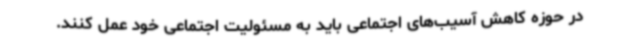
در حوزه کاهش آسیب‌های اجتماعی باید به مسئولیت اجتماعی خود عمل کنند.